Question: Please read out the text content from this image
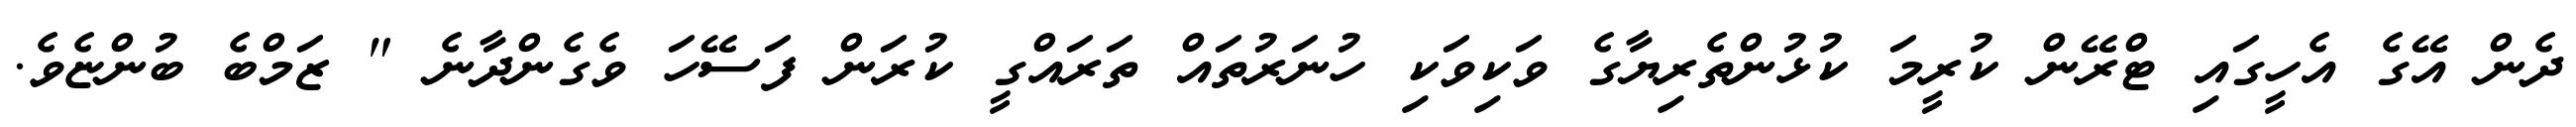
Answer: ދެން އޭގެ އެހީގައި ޓްރޭން ކުރީމަ ކުޅުންތެރިޔާގެ ވަކިވަކި ހުނަރުތައް ތަރައްގީ ކުރަން ފަސޭހަ ވެގެންދާނެ " ޒަމްބެ ބުންޏެވެ.